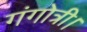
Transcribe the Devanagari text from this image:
गंगोत्री।